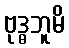
ဗုဒ္ဓဘူမိ